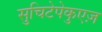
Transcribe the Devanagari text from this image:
सुचिटेपेकुएज़